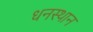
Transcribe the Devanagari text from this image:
धनस्थान